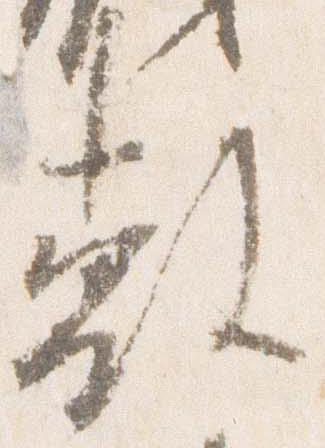
敷